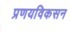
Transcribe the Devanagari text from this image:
प्रणयविकसन